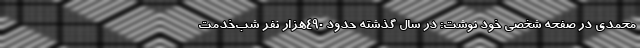
محمدی در صفحه شخصی خود نوشت: در سال گذشته حدود 490هزار نفر شب‌خدمت